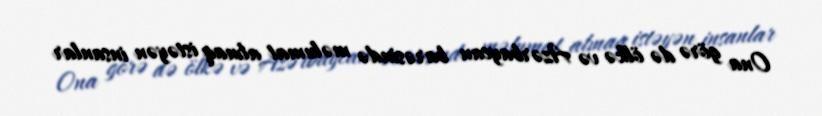
Ona görə də ölkə və Azərbaycan barəsində məlumat almaq istəyən insanlar